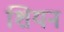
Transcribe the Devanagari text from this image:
शियन